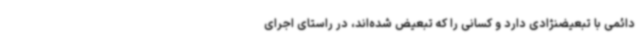
دائمی با تبعیضنژادی دارد و کسانی را که تبعیض شده‌اند، در راستای اجرای